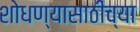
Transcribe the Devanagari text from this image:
शोधण्यासाठीच्या